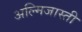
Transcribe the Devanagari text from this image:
अल्मिजास्ती